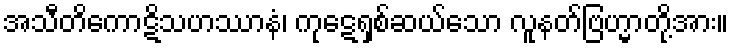
အသီတိကောဋိသဟဿာနံ၊ ကုဋေရှစ်ဆယ်သော လူနတ်ဗြဟ္မာတို့အား။